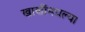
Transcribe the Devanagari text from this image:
खाणींमधल्या